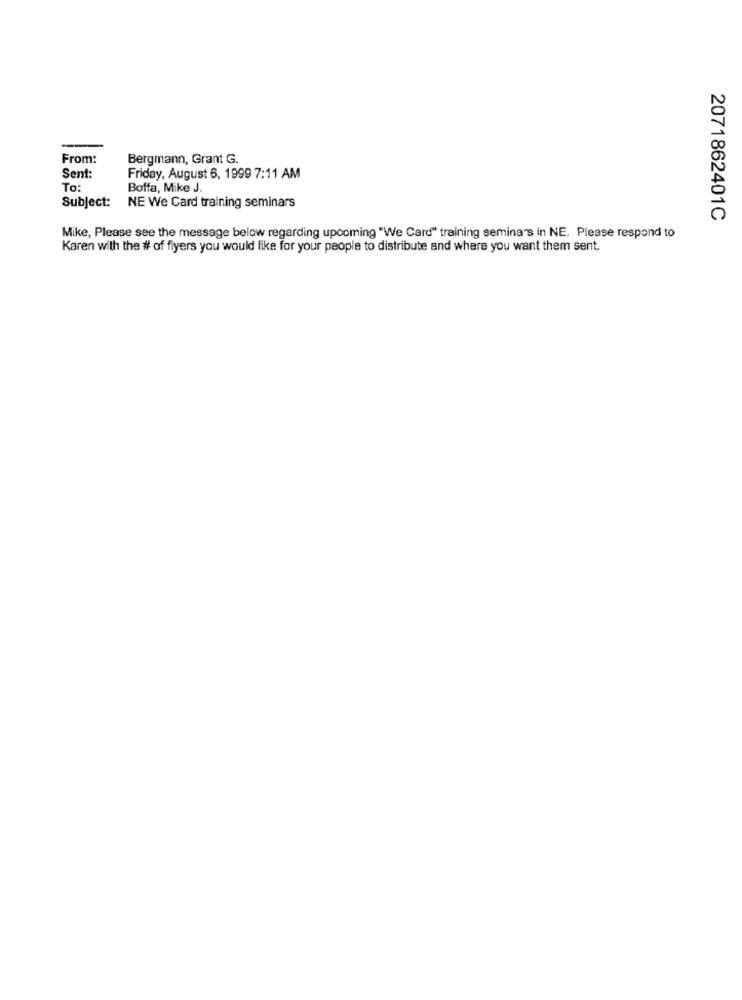
From:
Bergmann, Grant G.
Sent:
Friday, August 6, 1999 7:11 AM
To:
Boffa, Mike J.
Subject:
NE We Card training seminars
2071862401C
Mike, Please see the message below regarding upcoming "We Card" training semina's in NE. Please respond to
Karen with the # of flyers you would like for your people to distribute and where you want them sent.